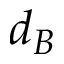
d _ { B }